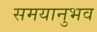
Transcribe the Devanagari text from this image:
समयानुभव